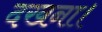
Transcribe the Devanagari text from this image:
दखना।